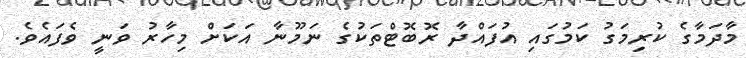
މާދަމާގެ ކުރިމަގު ކަމުގައި އުފައްދާ ރޮބޮޓްތަކުގެ ނަމޫނާ އަކަށް މިހާރު ވަނީ ވެފައެވެ.